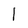
Character: 1